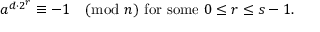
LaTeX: a ^ { d \cdot 2 ^ { r } } \equiv - 1 { \pmod { n } } { \mathrm { ~ f o r ~ s o m e ~ } } 0 \leq r \leq s - 1 .